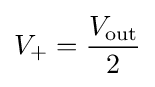
V_{+}={\frac {V_{\rm {out}}}{2}}